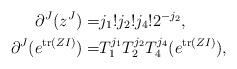
LaTeX: \begin{align*} {\partial^{J}(z^J)} = & j_1 ! j_2! j_4! 2^{-j_2}, \\ {\partial^{J}}( e^{\mathrm{tr}(ZI)}) = & T_1^{j_1}T_2^{j_2}T_4^{j_4}( e^{\mathrm{tr}(ZI)}), \end{align*}